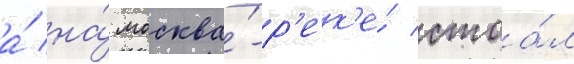
а́ на́ москва́-р'ек'е́ стоа́л